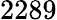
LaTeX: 2289